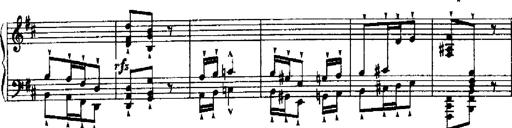
Title: RÃ©miniscences de Robert le diable
Composer: Franz Liszt